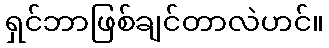
ရှင်ဘာဖြစ်ချင်တာလဲဟင်။